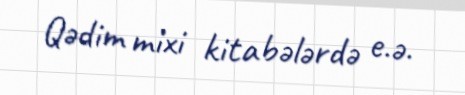
Qədim mixi kitabələrdə e.ə.